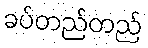
ခပ်တည်တည်